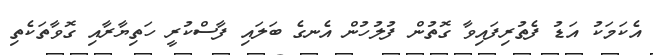
އެކަމަކު އަޑު ފެތުރިފައިވާ ގޮތުން ފުލުހުން އެނގެ ބަލައި ފާސްކުރީ ހަތިޔާރާއި ގޮވާތަކެތި